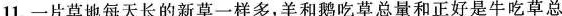
11.一片草地每天长的新草一样多，羊和鹅吃草总量和正好是牛吃草总